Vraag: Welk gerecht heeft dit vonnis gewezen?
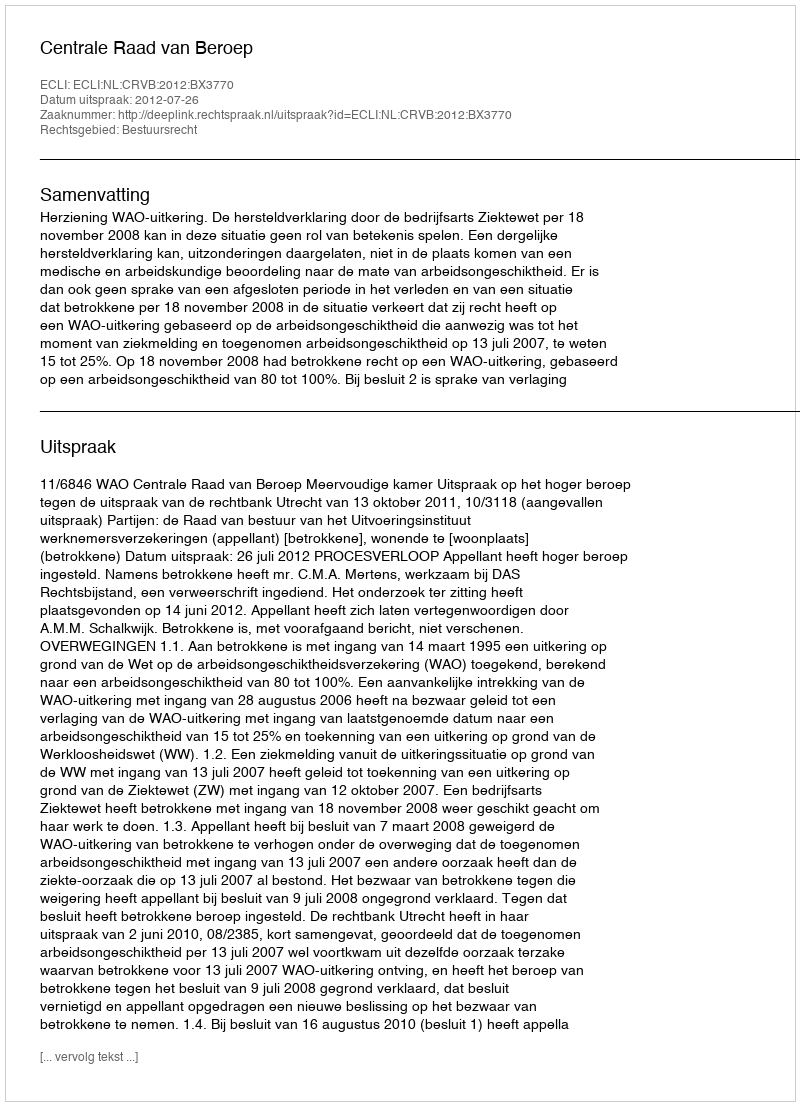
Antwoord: Centrale Raad van Beroep